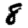
Digit: 8